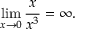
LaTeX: \operatorname* { l i m } _ { x \to 0 } { \frac { x } { x ^ { 3 } } } = \infty . \qquad